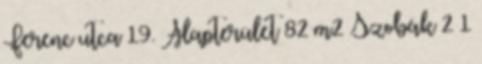
Ferenc utca 19. Alapterület 82 m2 Szobák 2 1